Indian journal of veterinary science and animal husbandry - Volumes 18-21, 1948-1951
Year: 1948
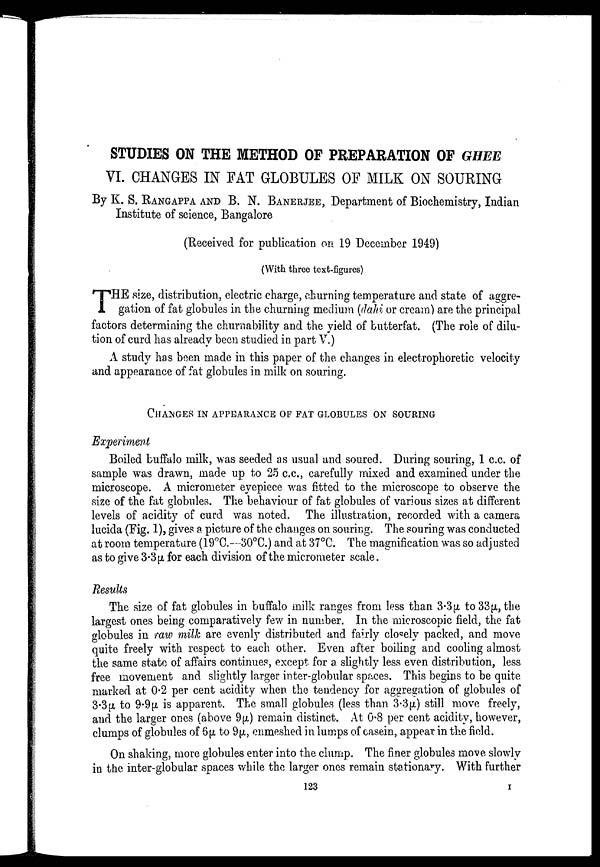
STUDIES ON THE METHOD OF PREPARATION OF GHEE
VI. CHANGES IN FAT GLOBULES OF MILK ON SOURING
By K. S. RANGAPPA AND B. N. BANERJEE, Department of Biochemistry, Indian
Institute of science, Bangalore
(Received for publication on 19 December 1949)
(With three text-figures)
T HE size, distribution, electric charge, churning temperature and state of aggre-
gation of fat globules in the churning medium (dahi or cream) are the principal
factors determining the churnability and the yield of butterfat. (The role of dilu-
tion of curd has already been studied in part V.)
A study has been made in this paper of the changes in electrophoretic velocity
and appearance of fat globules in milk on souring.
CHANGES IN APPEARANCE OF FAT GLOBULES ON SOURING
Experiment
Boiled buffalo milk, was seeded as usual and soured. During souring, 1 c.c. of
sample was drawn, made up to 25 c.c., carefully mixed and examined under the
microscope. A micrometer eyepiece was fitted to the microscope to observe the
size of the fat globules. The behaviour of fat globules of various sizes at different
levels of acidity of curd was noted. The illustration, recorded with a camera
lucida (Fig. 1), gives a picture of the changes on souring. The souring was conducted
at room temperature (19°C.—30°C.) and at 37°C. The magnification was so adjusted
as to give 3.3µ for each division of the micrometer scale.
Results
The size of fat globules in buffalo milk ranges from less than 3.3µ, to 33µ, the
largest ones being comparatively few in number. In the microscopic field, the fat
globules in raw milk are evenly distributed and fairly closely packed, and move
quite freely with respect to each other. Even after boiling and cooling almost
the same state of affairs continues, except for a slightly less even distribution, less
free movement and slightly larger inter-globular spaces. This begins to be quite
marked at 0.2 per cent acidity when the tendency for aggregation of globules of
3.3µ to 9.9µ is apparent. The small globules (less than 3.3µ) still move freely,
and the larger ones (above 9µ) remain distinct. At 0.8 per cent acidity, however,
clumps of globules of 6µ to 9µ, enmeshed in lumps of casein, appear in the field.
On shaking, more globules enter into the clump. The finer globules move slowly
in the inter-globular spaces while the larger ones remain stationary. With further
123
I